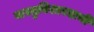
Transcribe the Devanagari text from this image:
वास्तुविशारदाची